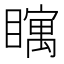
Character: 𪿀